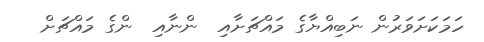
ހަމަކަށަވަރުން ނަބިއްޔާގެ މައްޗަށާއި  ންނާއި  ންގެ މައްޗަށް